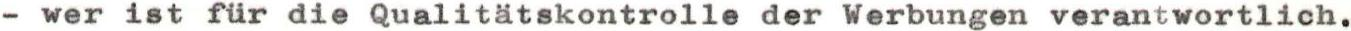
- wer ist für die Qualitätskontrolle der Werbungen verantwortlich.